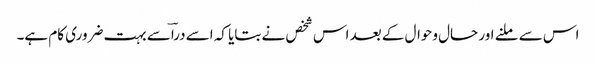
اس سے ملنے اور حال وحوال کے بعد اس شخص نے بتایا کہ اسے دراؔسے بہت ضروری کام ہے۔